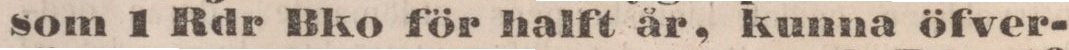
som 1 Rdr Bko för halft år, kunna öfver-